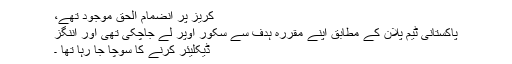
کریز پر انضمام الحق موجود تھے،
پاکستانی ٹیم پلان کے مطابق اپنے مقررہ ہدف سے سکور اوپر لے جاچکی تھی اور اننگز
ڈیکلیئر کرنے کا سوچا جا رہا تھا ۔